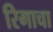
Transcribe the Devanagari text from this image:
रिगाचा